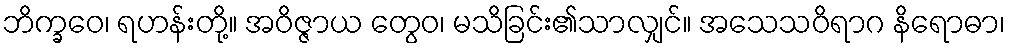
ဘိက္ခဝေ၊ ရဟန်းတို့။ အဝိဇ္ဇာယ တွေဝ၊ မသိခြင်း၏သာလျှင်။ အသေသဝိရာဂ နိရောဓာ၊